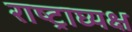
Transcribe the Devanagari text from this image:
राष्ट्राघ्यक्ष